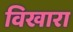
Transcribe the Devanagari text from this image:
विखारा